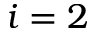
i = 2